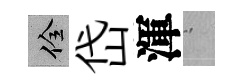
佺岱渾搖